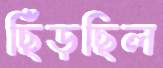
ছিঁড়ছিল